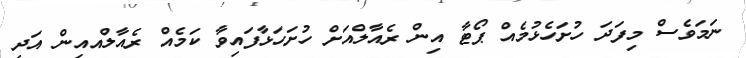
ނަމަވެސް މިފަދަ ހުށަހެޅުމެއް ޕޯޓާ އިން ރެއާލްއަށް ހުށަހަޅާފައިވާ ކަމެއް ރެއާލްއއިން އަދި